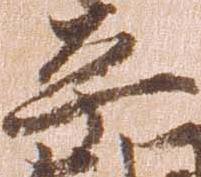
平